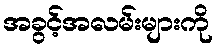
အခွင့်အလမ်းများကို